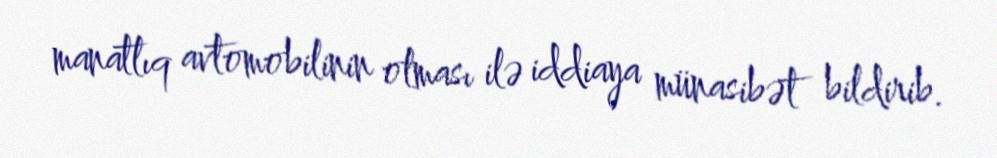
manatlıq avtomobilinin olması ilə iddiaya münasibət bildirib.